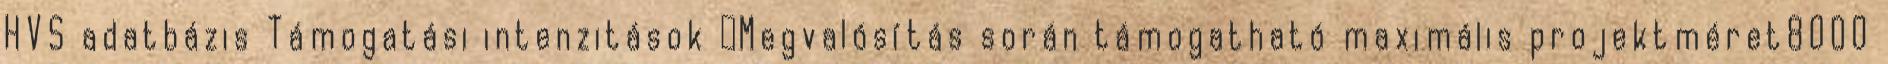
HVS adatbázis Támogatási intenzitások ▪Megvalósítás során támogatható maximális projektméret8000